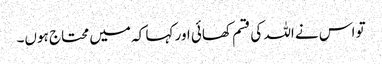
تو اس نے اللہ کی قسم کھائی اور کہا کہ میں محتاج ہوں۔